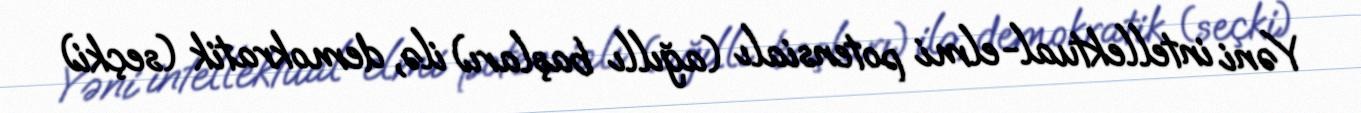
Yəni intellektual-elmi potensialı (ağıllı başları) ilə, demokratik (seçki)